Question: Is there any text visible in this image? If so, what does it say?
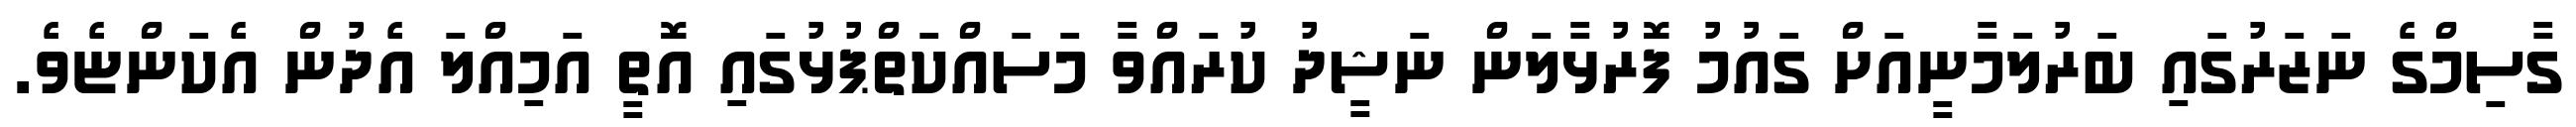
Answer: ގާސިމްގެ ނަޒަރުގައި ބަރުލަމާނީއަށް ގައުމު ފޮރުޅާލަން ނަޝީދު ކުރައްވާ މަސައްކަތްޕުޅުގައި އޮތީ އަމިއްލަ އެދުން އެކަންޏެވެ.